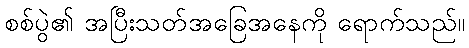
စစ်ပွဲ၏ အပြီးသတ်အခြေအနေကို ရောက်သည်။